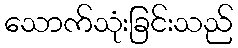
သောက်သုံးခြင်းသည်